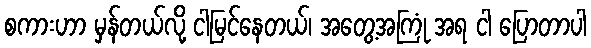
စကားဟာ မှန်တယ်လို့ ငါမြင်နေတယ်၊ အတွေ့အကြုံ အရ ငါ ပြောတာပါ